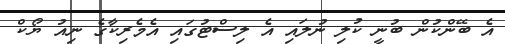
އެ ބޭންކުން ބުނީ ކުލި ނުލައި އެ ލިސްޓުގައި އެމެރިކާގެ ނިއު ޔޯކް